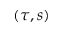
\left( \tau , s \right)